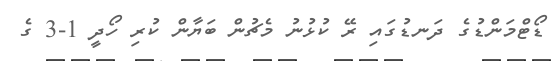
ޑޯޓްމަންޑުގެ ދަނޑުގައި ރޭ ކުޅުނު މެޗުން ބަޔާން ކުރި ހޯދީ 1-3 ގެ